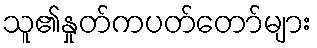
သူ၏နှုတ်ကပတ်တော်များ